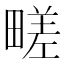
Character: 㽨